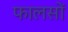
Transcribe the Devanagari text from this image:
फालसों